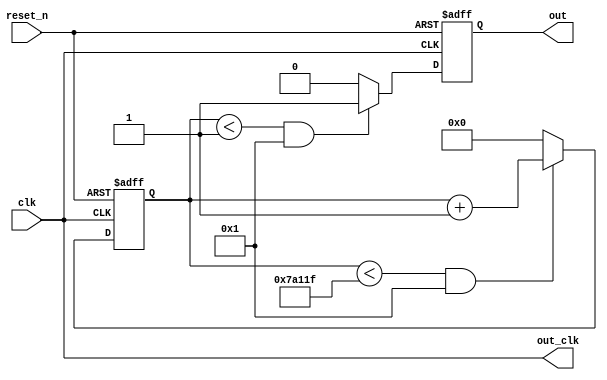
// pwm out module
// version: v1.0
// last modify date: 2018/12/31

////////module pwm (
////////    input           cpi,
////////    input           clr,
////////    output          out);
////////    
////////    parameter   high_level=50;             //define the high level of pwm
////////    
////////    reg [7:0]   division= 8'd200;          //the division of pwm,
////////    reg [7:0]   pluse;                     //56
////////    reg [6:0]   count;                     //
////////    reg         out1;
////////    
////////    always@(*) begin
////////          pluse=division*high_level/100;   //high_level/1000.8
////////    end
//////// 
////////    always @(posedge cpi or negedge clr) begin 
////////        if(!clr) begin
////////        count<=0;out1<=0; end                //
////////        else  begin if(count==division-1)
////////                            count<=0;
////////                    else    count<=count+1'b1;
////////                    if(count>=0&&count<pluse)     //count
////////                            out1<=1;
////////                    else    out1<=0; 
////////              end
////////     end      
////////     
////////     assign out=out1;   //
////////endmodule



//pwm out module
//version: v2.0
//last modify date: 2019/1/1
//period range: 0~65535
//pulse_width range: 0~period
module pwm(
        input               clk,                        // global clock
        input               reset_n,                    // global async low reset         
        output              out,                         // pwm output 
		  output              out_clk 
           );
        parameter           en=1;                       // pwm output enable, high enable
        parameter   [31:0]  period=500000;                // pwm period      1.5Khz
        parameter   [31:0]  pulse_width=1;            // pwm pulse width, must less or equal to pwm period   75%
        reg         [31:0]  cnt;
        reg                 wave;
    
    always @(posedge clk or negedge reset_n)    begin 
        if(!reset_n)
            cnt <= 0;
        else if(cnt<period-1 && en)
            cnt <= cnt + 1;
        else 
            cnt <= 0;
    end 
    
    always @(posedge clk or negedge reset_n)    begin
        if(!reset_n)
            wave <= 0;
        else if(cnt<pulse_width && en)
            wave <= 1;
        else 
            wave <= 0;
    end
    
        assign  out = wave;                 //Output is written to register and filtered
        assign  out_clk = clk;
endmodule